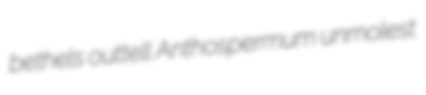
bethels outtell Anthospermum unmolest